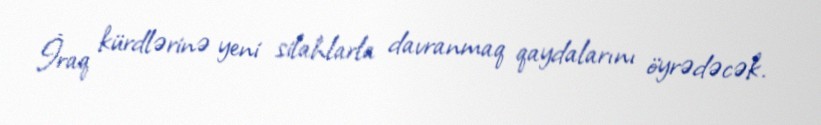
İraq kürdlərinə yeni silahlarla davranmaq qaydalarını öyrədəcək.